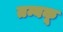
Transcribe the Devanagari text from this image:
तम्बकू